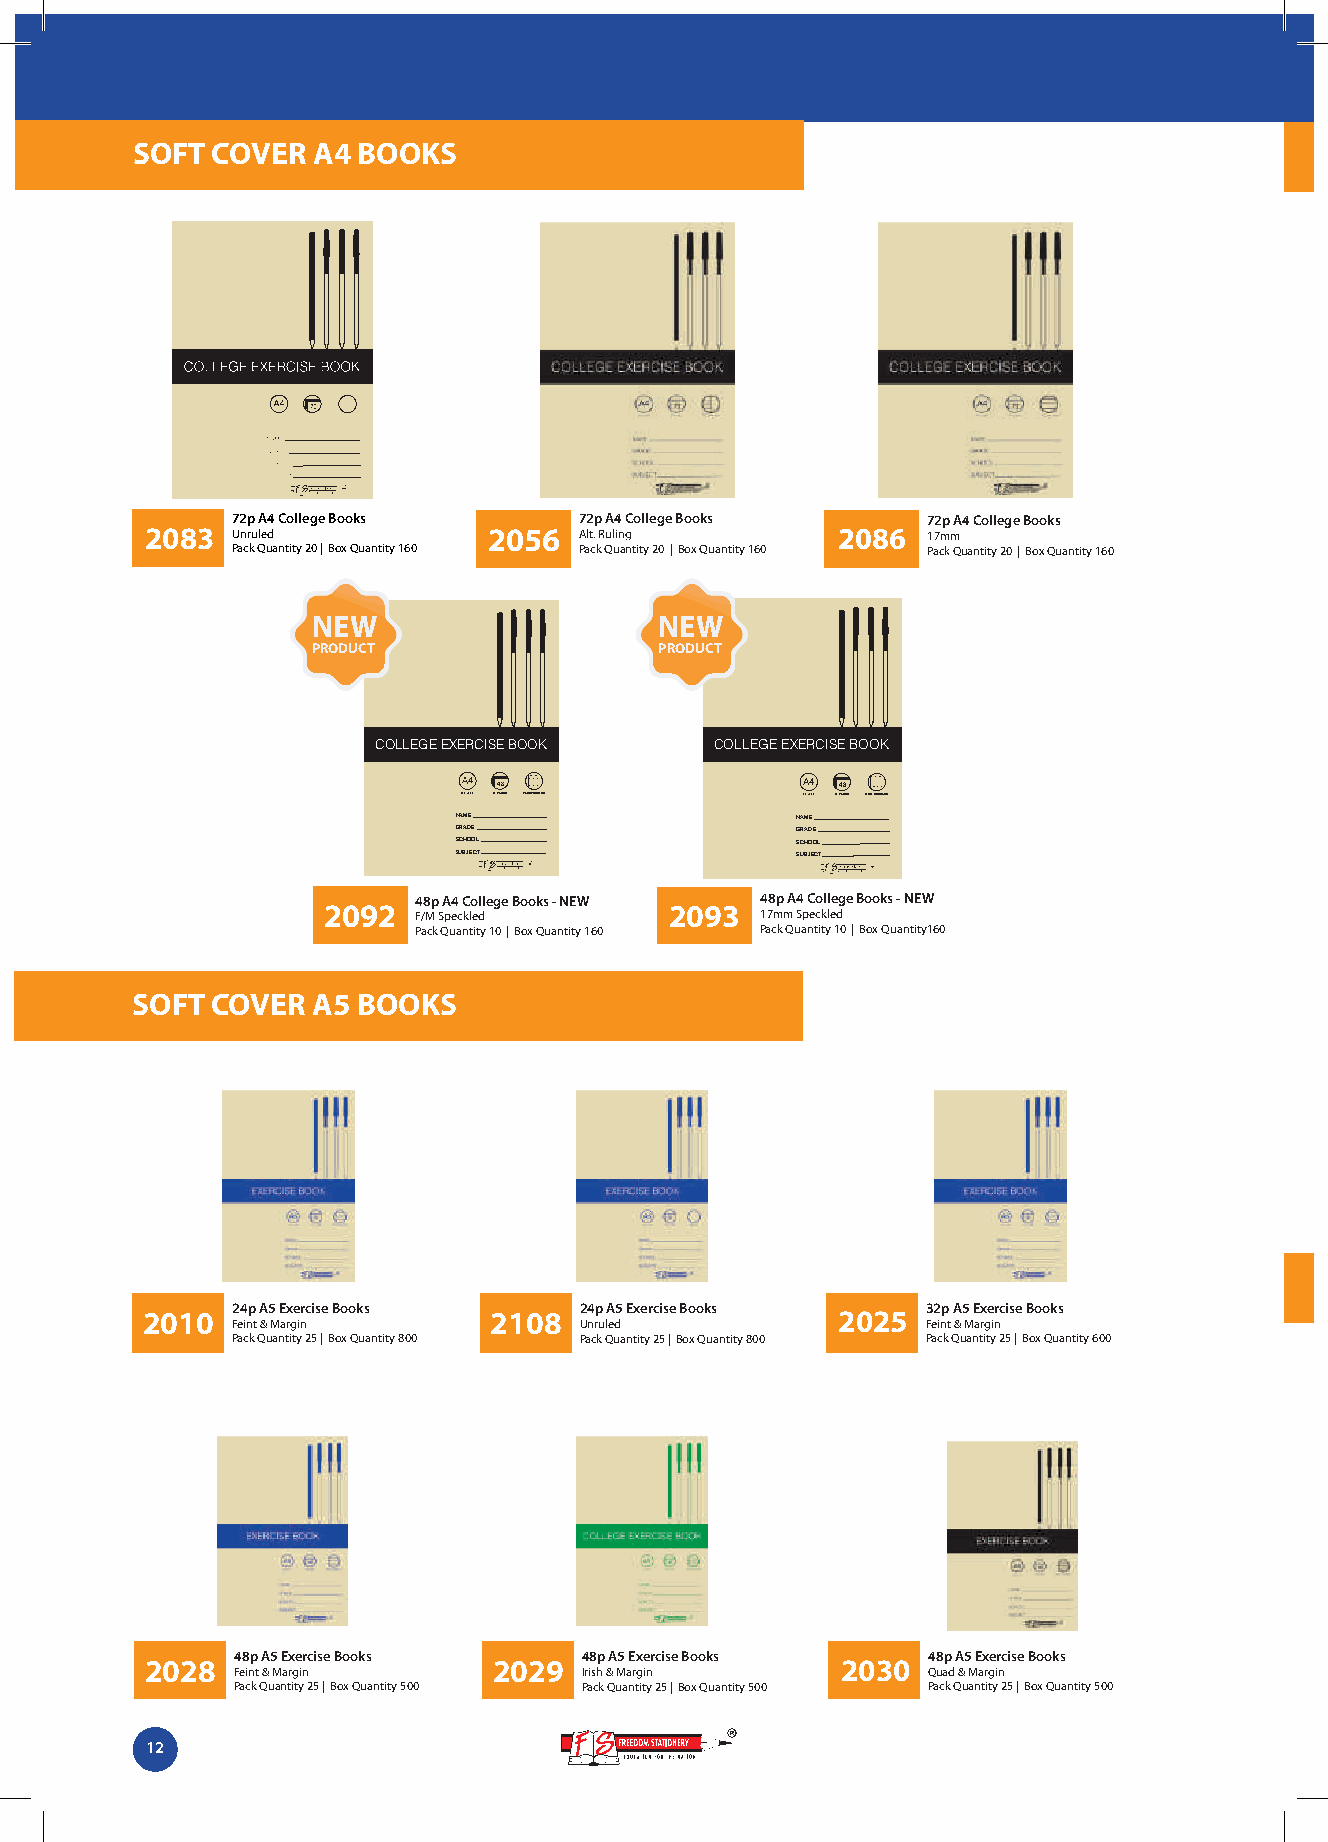
SOFT COVER  A4 BOOKS
 72p A4 College Books   72p A4 College Books   72p A4 College Books
 2083 Unruled          2056  Alt. Ruling      2086  17mm
 Pack Quantity 20 | Box Quantity 160 Pack Quantity 20 | Box Quantity 160 Pack Quantity 20 | Box Quantity 160
 NEW                    NEW
 PRODUCT                PRODUCT
 COLLEGE EXERCISE BOOK COLLEGE EXERCISE BOOK
 48                     48
 210 x 297 48 PAGES F& M SPECKLED 210 x 297 48 PAGES 17MM SPECKLED
 NAME                   NAME
 GRADE                  GRADE
 SCHOOL                 SCHOOL
 SUBJECT                SUBJECT
 48p A4 College Books - NEW 48p A4 College Books - NEW
 2092  F/M Speckled     2093  17mm Speckled
 Pack Quantity 10 | Box Quantity 160 Pack Quantity 10 | Box Quantity160
 SOFT COVER  A5 BOOKS
 24p A5 Exercise Books  24p A5 Exercise Books  32p A5 Exercise Books
 2010                   2108                   2025
 Feint & Margin         Unruled                Feint & Margin
 Pack Quantity 25 | Box Quantity 800 Pack Quantity 25 | Box Quantity 800 Pack Quantity 25 | Box Quantity 600
 48p A5 Exercise Books  48p A5 Exercise Books 48p A5 Exercise Books
 2028                   2029                   2030
 Feint & Margin         Irish & Margin        Quad & Margin
 Pack Quantity 25 | Box Quantity 500 Pack Quantity 25 | Box Quantity 500 Pack Quantity 25 | Box Quantity 500
 12